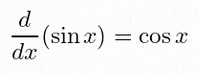
\frac{d}{dx}(\sin x)=\cos x